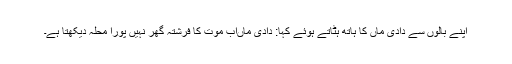
اپنے بالوں سے دادی ماں کا ہاتھ ہٹاتے ہوئے کہا: دادی ماںاب موت کا فرشتہ گھر نہیں پورا محلہ دیکھتا ہے۔